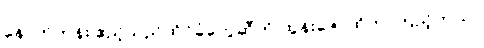
နောက်တန်း ဧည့်သည်ထိုင်ခုံတွေဆီကို ထွန်းဇော်ထိုက် ကြည့်တယ်။